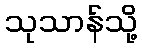
သုသာန်သို့